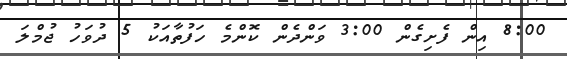
8:00 އިން ފެށިގެން 3:00 ވަންދެން ކޮންމެ ހަފުތާއަކު 5 ދުވަހު ޖުމްލަ